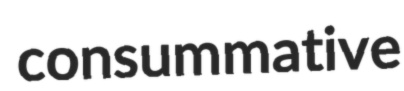
consummative